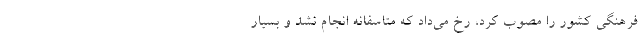
فرهنگی کشور را مصوب کرد، رخ می‌داد که متاسفانه انجام نشد و بسیار